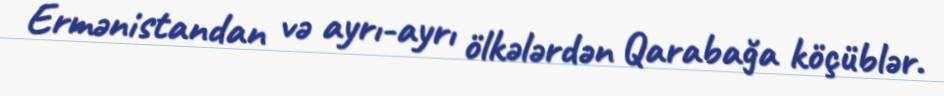
Ermənistandan və ayrı-ayrı ölkələrdən Qarabağa köçüblər.